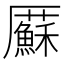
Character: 𠫋